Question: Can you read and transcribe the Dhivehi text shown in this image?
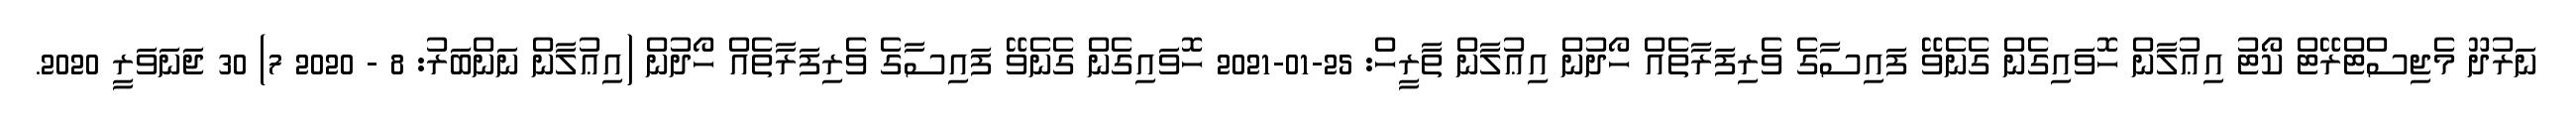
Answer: ނަރުދޫ މެޖިސްޓްރޭޓް ކޯޓު އިޢުލާން ހޮވައިގެން ގެނެވޭ ފައިސާގެ ވެރިފަރާތެއް ހޯދުން އިޢުލާން ތާރީހް: 25-01-2021 ހޮވައިގެން ގެނެވޭ ފައިސާގެ ވެރިފަރާތެއް ހޯދުން (އިޢުލާން ނަންބަރު: 8 - 2020 7) 30 ޖަނަވަރީ 2020.